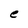
Character: e